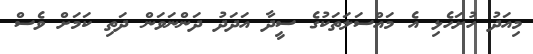
މިއަދު ހުށަހެޅި އެ މައްސަލަތަކުގެ ސީދާ އަދަދު ދަންނަވަން ދަތި ކަމަށް ވެސް